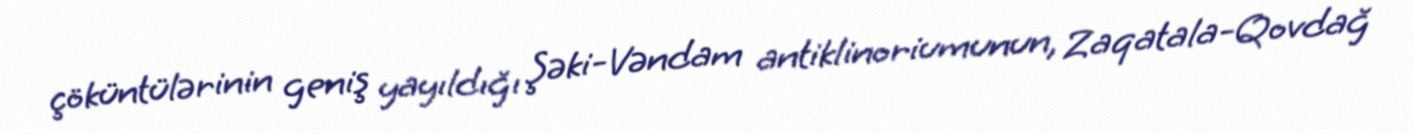
çöküntülərinin geniş yayıldığı Şəki-Vəndam antiklinoriumunun, Zaqatala-Qovdağ